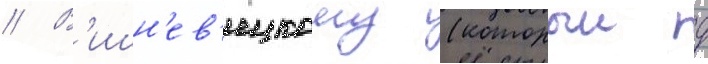
// В'ишн'ев'ецкому (которыи д